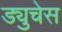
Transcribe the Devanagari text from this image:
ड्युचेस